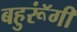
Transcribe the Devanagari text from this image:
बहुरूॅंगी